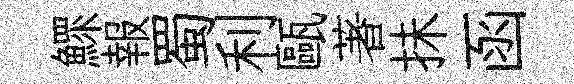
鰥報蜀利甌著抺函